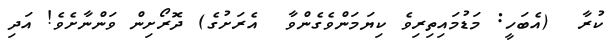
ކުރާ  (އެބަހީ: މަޑުމައިތިރިވެ ކިޔަމަންވެގެންވާ  އެރަށުގެ) ދޮރޯށިން ވަންނާށެވެ! އަދި